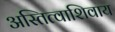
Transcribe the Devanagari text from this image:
अस्तित्वाशिवाय